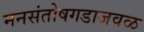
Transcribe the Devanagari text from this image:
मनसंतोषगडाजवळ